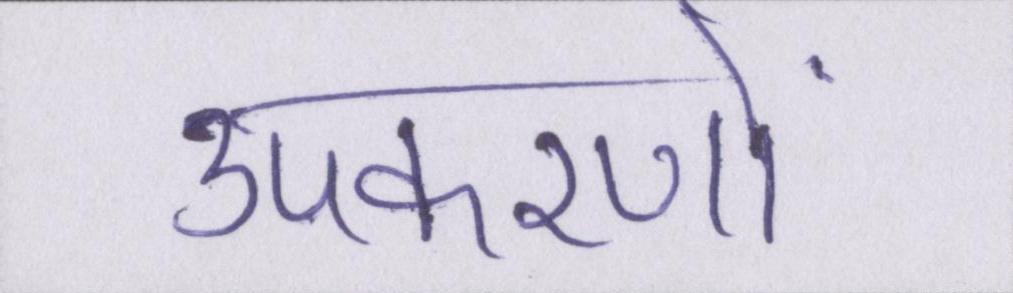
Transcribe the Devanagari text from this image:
उपकरणों